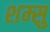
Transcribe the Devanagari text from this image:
शम्सु